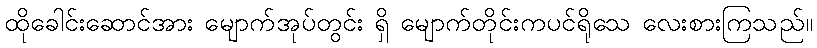
ထိုခေါင်းဆောင်အား မျောက်အုပ်တွင်း ရှိ မျောက်တိုင်းကပင်ရိုသေ လေးစားကြသည်။